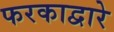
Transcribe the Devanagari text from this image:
फरकाद्वारे